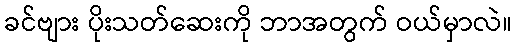
ခင်ဗျား ပိုးသတ်ဆေးကို ဘာအတွက် ဝယ်မှာလဲ။